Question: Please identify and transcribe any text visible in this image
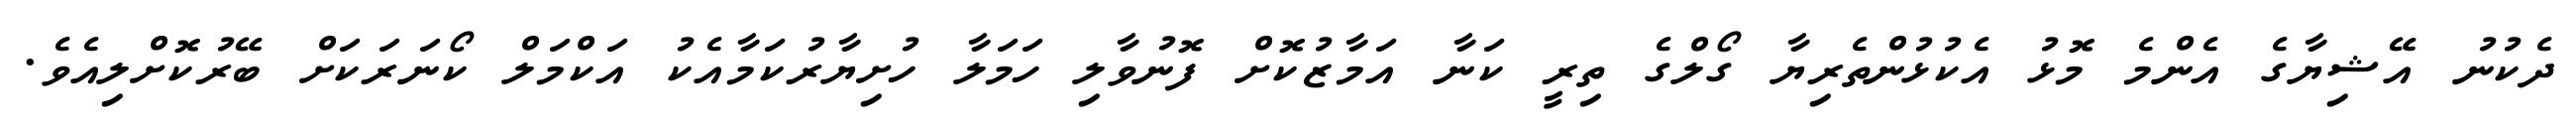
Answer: ދެކުނު އޭޝިޔާގެ އެންމެ މޮޅު އެކުޅުންތެރިޔާ ގޯލްގެ ތިރީ ކަނާ އަމާޒުކޮށް ފޮނުވާލި ހަމަލާ ހުށިޔާރުކަމާއެކު އަކްމަލް ކޯނަރަކަށް ބޭރުކޮށްލިއެވެ.